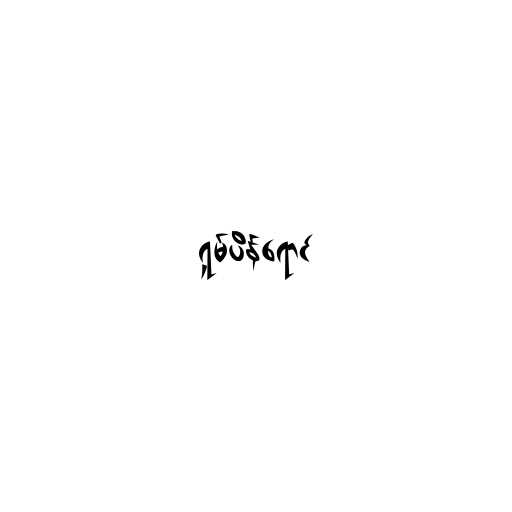
ရှမ်ပိန်ရောင်